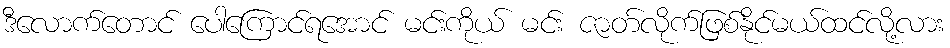
ဒီလောက်တောင် ပေါကြောင်ရအောင် မင်းကိုယ် မင်း ဇာတ်လိုက်ဖြစ်နိုင်မယ်ထင်လို့လား